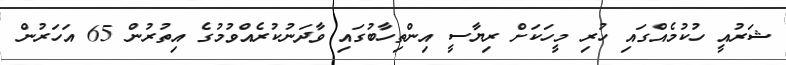
ޝަރުއީ ހުކުމެއްގައި ހުރި މީހަކަށް ރިޔާސީ އިންތިހާބުގައި ވާދަނުކުރެއްވުމުގެ އިތުރުން 65 އަހަރުން